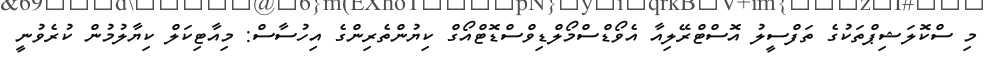
މި ސްކޮލަޝިޕްތަކުގެ ތަފްސީލު އޮސްޓްރޭލިއާ އެވޯޑްސްމޯލްޑިވްސްޑޮޓްއޯގް ކިޔުންތެރިންގެ އިހުސާސް: މިއާޓިކަލް ކިޔާލުމުން ކުރެވުނީ